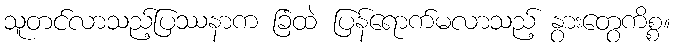
သူတင်လာသည့်ပြဿနာက ခြံထဲ ပြန်ရောက်မလာသည့် နွားတွေကိစ္စ။